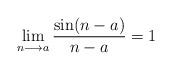
LaTeX: \begin{align*}\lim \limits_{n\longrightarrow a}\frac{\sin (n-a)}{n-a}=1\end{align*}